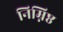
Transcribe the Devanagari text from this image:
निम्निष्ठ